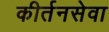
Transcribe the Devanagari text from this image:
कीर्तनसेवा